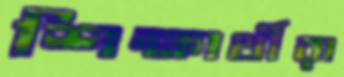
শিক্ষার্থীরা